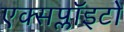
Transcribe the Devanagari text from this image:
एक्सप्लॉइटों